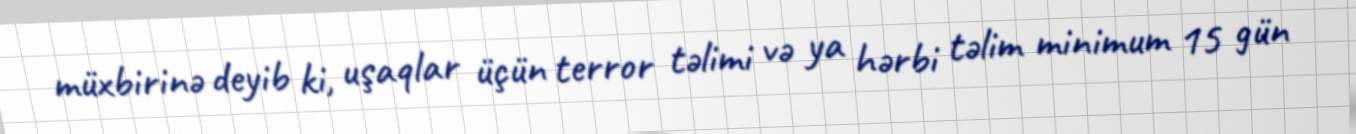
müxbirinə deyib ki, uşaqlar üçün terror təlimi və ya hərbi təlim minimum 15 gün